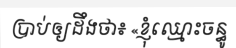
ប្រាប់ឲ្យដឹងថា៖ «ខ្ញុំឈ្មោះចន្ធូ